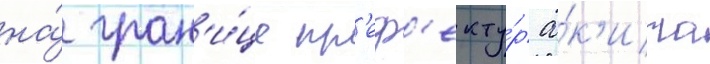
на́ гран'и́це пр'еф'екту́р а́к'ита